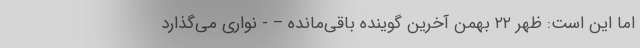
اما این است: ظهر ۲۲ بهمن آخرین گوینده باقی‌مانده – - نواری می‌گذارد